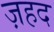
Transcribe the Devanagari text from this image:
ज़हद